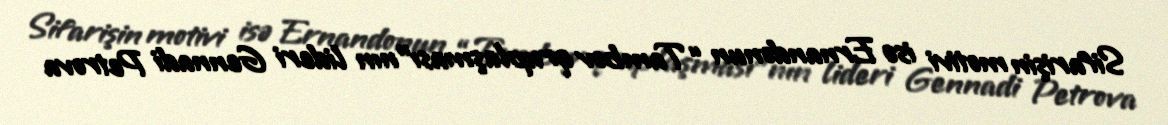
Sifarişin motivi isə Ernandonun “Tambov qruplaşması”nın lideri Gennadi Petrova